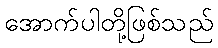
အောက်ပါတို့ဖြစ်သည်